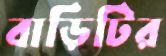
বাড়িটির